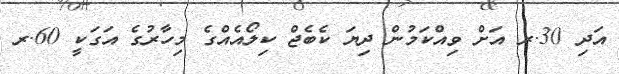
އަދި 30.ރ އަށް ވިއްކަމުން ދިޔަ ކެބެޖް ކިލޯއެއްގެ މިހާރުގެ އަގަކީ 60.ރ